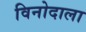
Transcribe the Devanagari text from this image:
विनोदाला